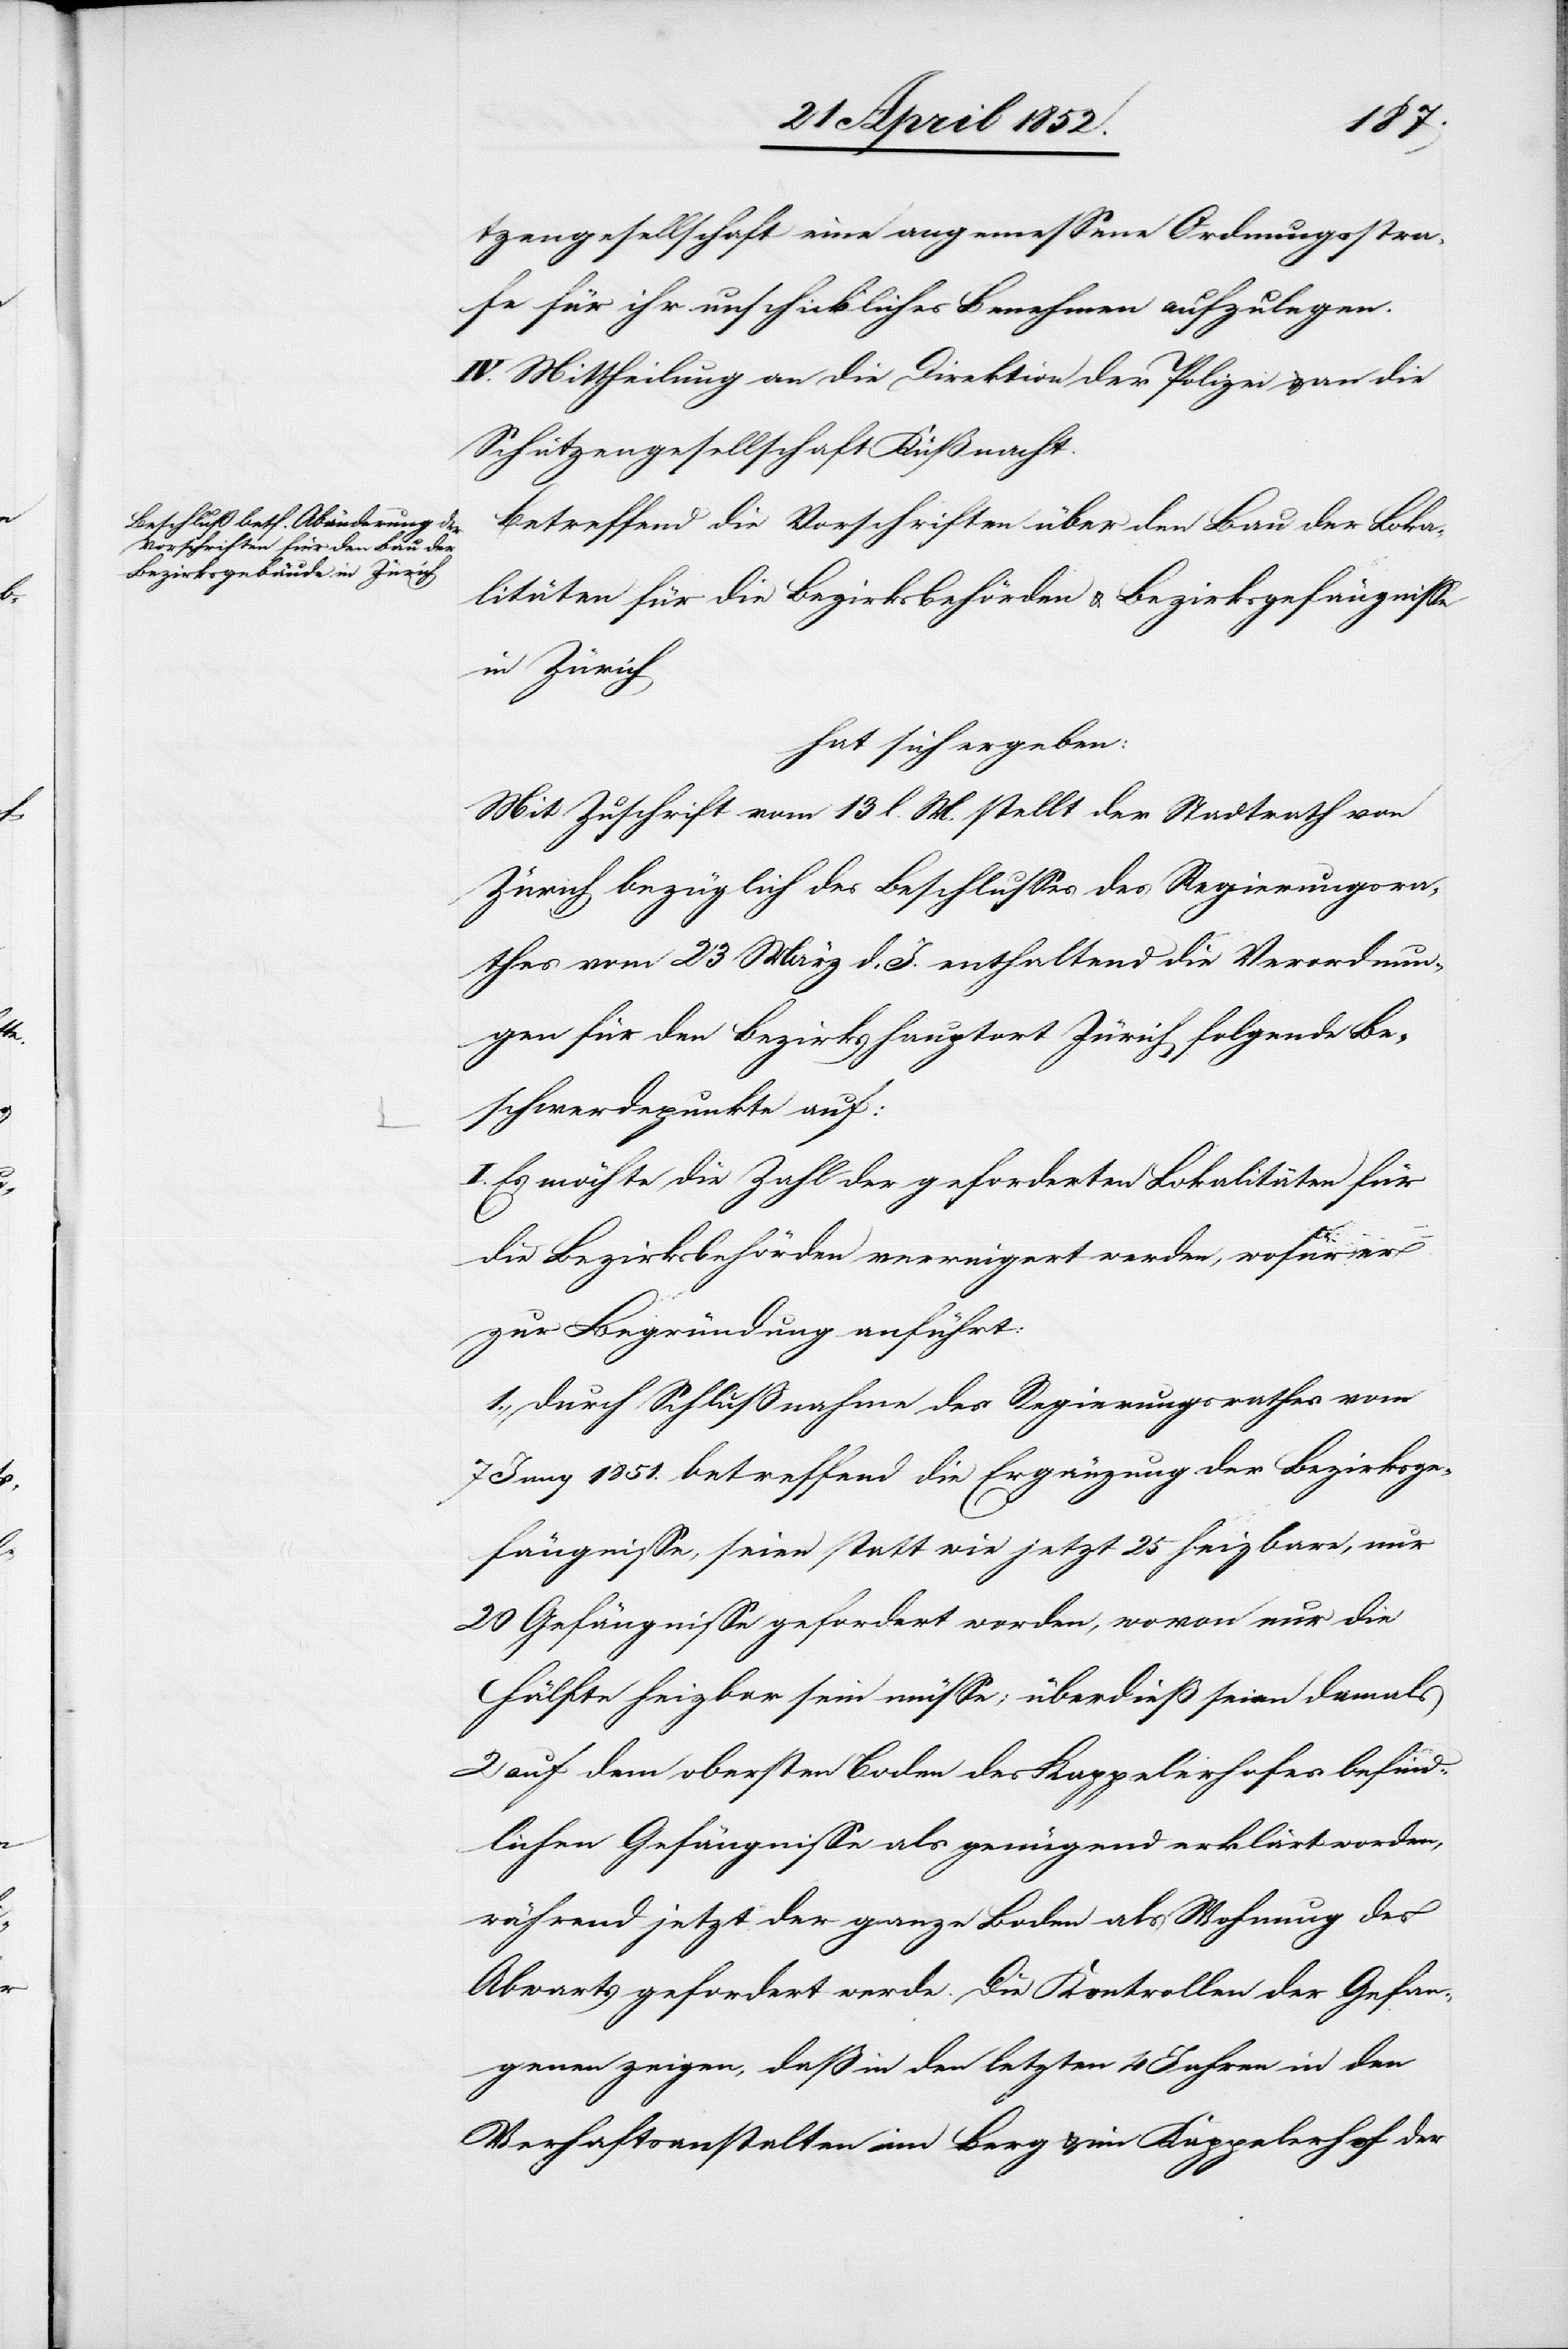
tzengesellschaft eine angemessene Ordnungsstra¬
fe für ihr unschickliches Benehmen aufzulegen.
IV. Mittheilung an die Direktion der Polizei & an die
Schützengesellschaft Küßnacht.
Betreffend die Vorschriften über den Bau der Loka¬
litäten für die Bezirksbehörden & Bezirksgefängnisse
in Zürich
hat sich ergeben:
Mit Zuschrift vom 13 l. M. stellt der Stadtrath von
Zürich bezüglich des Beschlusses des Regierungsra¬
thes vom 23 März d. J. enthaltend die Verordnun¬
gen für den Bezirkshauptort Zürich folgende Be¬
schwerdepunkte auf:
I. Es möchte die Zahl der geforderten Lokalitäten für
die Bezirksbehörden verringert werden, wofür er
zur Begründung anführt:
1., durch Schlussnahme des Regierungsrathes vom
Juny 1851. betreffend die Ergänzung der Bezirksge¬
fängnisse, seien statt wie jetzt 25 heizbare, nur
20 Gefängnisse gefordert worden, wovon nur die
Hälfte heizbar sein müsse; überdieß seien damals
2 auf dem obersten Boden des Kappelerhofes befind¬
lichen Gefängnisse als genügend erklärt worden,
während jetzt der ganze Boden als Wohnung des
Abwarts gefordert werde. Die Kontrollen der Gefan¬
genen zeigen, daß in den letzten 4 Jahren in den
Verhaftsanstalten im Berg & im Kappelerhof der